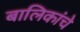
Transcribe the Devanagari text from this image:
बालिकांचे